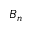
B _ { n }